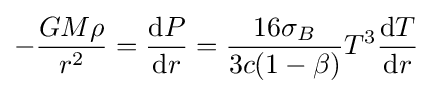
-{\frac {GM\rho }{r^{2}}}={\frac {{\text{d}}P}{{\text{d}}r}}={\frac {16\sigma _{B}}{3c(1-\beta )}}T^{3}{\frac {{\text{d}}T}{{\text{d}}r}}